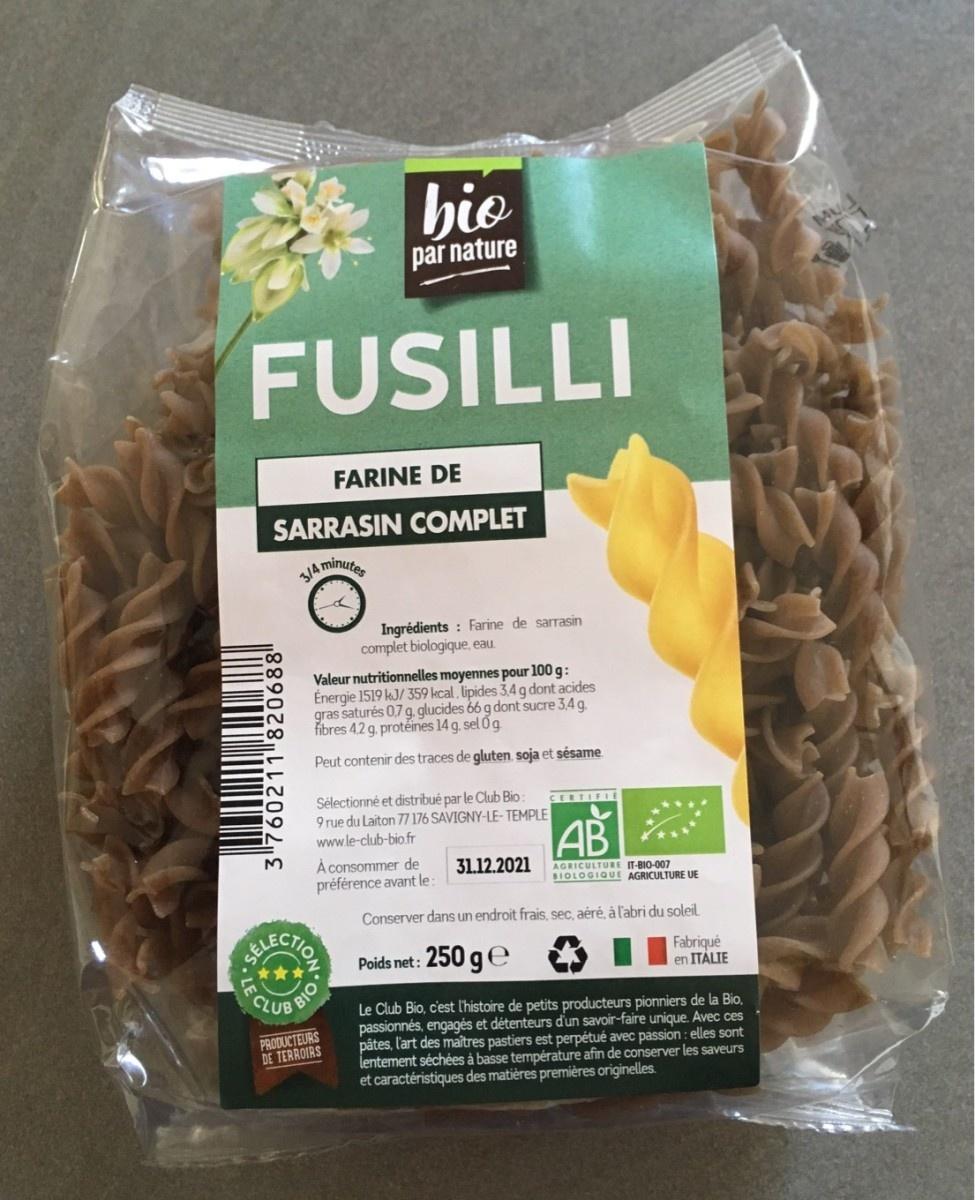
par nature FUSILLI FARINE DE SARRASIN COMPLET minutes 3/4 Ingrédients Farine de sarrasin complet biologique, eau Valeur nutritionnelles moyennes pour 100 g: Energie 1519 kJ/ 359 kcal, lipides 3,4 g dont acides gras saturés 0,7 g. glucides 66 g dont sucre 34g fibres 4.2 g.proteines 14 g.sel 0g Peut contenir des traces de gluten soja et sésame. Selectionné et distribué par le Club Bio 9 rue du Laiton 77 176 SAVIGNY-LE-TEMPLE CERTIFI AB www.le-club-bio.fr A consommer de préférence avant le 31.12.2021 AGRICULTURE -BIO-007 BIOLOGIQUE AGRICULTURE UE Conserver dans un endroit frais, sec, aéré, à l'abri du soleil BECHOY 250 ge Fabrique en ITALIE Poids net: BIO CLUB Le Club Bio, cest l'histoire de petits producteurs pionniers de la Bio passionnés, engagés et détenteurs d'un savoir-faire unique. Avec ces pâtes, l'art des maîtres pastiers est perpétué avec passion : elles sont lentement séchées à basse température afin de conserver les saveurs et caractéristiques des matières premières originelles. PRODUCTEURS DE TERROIRS 3760211 820688